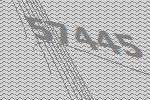
57445